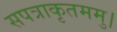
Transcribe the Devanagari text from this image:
सपत्राकृतममु।